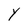
Character: Y